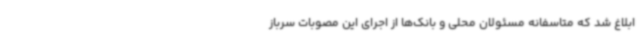
ابلاغ شد که متاسفانه مسئولان محلی و بانک‌ها از اجرای این مصوبات سرباز